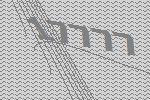
17777